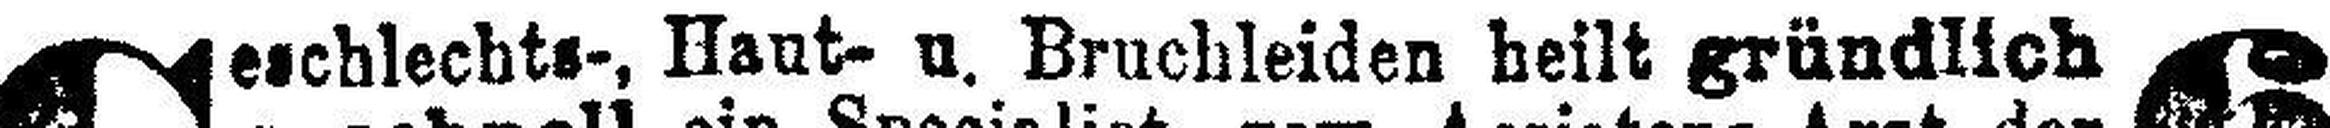
eschlechts-, Haut- u. Bruchleiden heilt gründlich